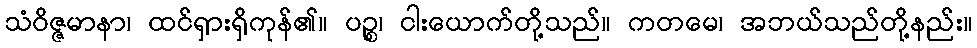
သံဝိဇ္ဇမာနာ၊ ထင်ရှားရှိကုန်၏။ ပဉ္စ၊ ငါးယောက်တို့သည်။ ကတမေ၊ အဘယ်သည်တို့နည်း။